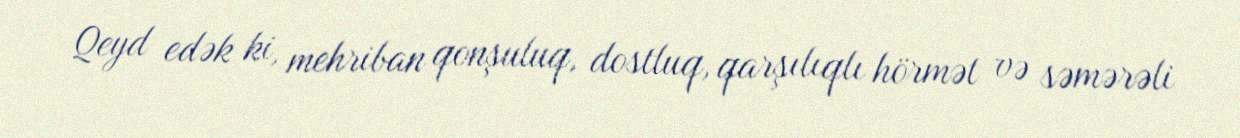
Qeyd edək ki, mehriban qonşuluq, dostluq, qarşılıqlı hörmət və səmərəli